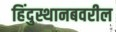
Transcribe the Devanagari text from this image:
हिंदुस्थानबवरील